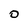
Character: O